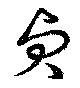
貞